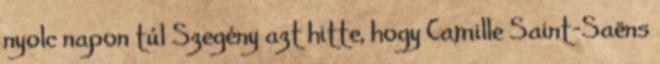
nyolc napon túl Szegény azt hitte, hogy Camille Saint-Saëns